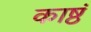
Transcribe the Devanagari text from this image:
काष्ठं